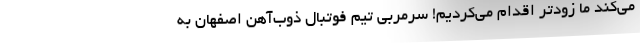
می‌کند ما زودتر اقدام می‌کردیم! سرمربی تیم فوتبال ذوب‌آهن اصفهان به